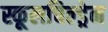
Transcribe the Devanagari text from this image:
स्कूलचिल्ड्रेन